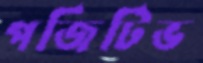
পজিটিভ